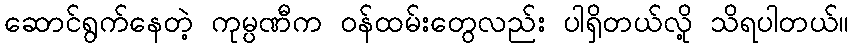
ဆောင်ရွက်နေတဲ့ ကုမ္ပဏီက ဝန်ထမ်းတွေလည်း ပါရှိတယ်လို့ သိရပါတယ်။